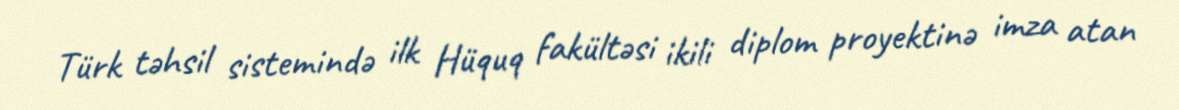
Türk təhsil sistemində ilk Hüquq fakültəsi ikili diplom proyektinə imza atan